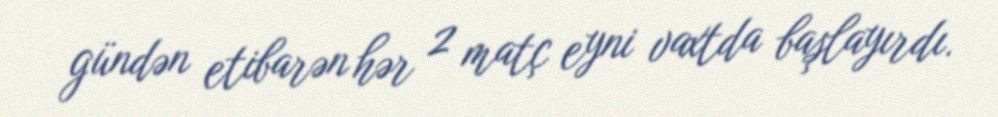
gündən etibarən hər 2 matç eyni vaxtda başlayırdı.